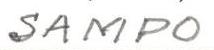
SAMPO